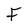
Character: F